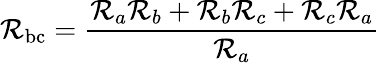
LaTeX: \mathcal{R}_{\mathrm{{bc}}}={\frac{{\mathcal{R}_{a}\mathcal{R}_{b}+\mathcal{R}_{b}\mathcal{R}_{c}+\mathcal{R}_{c}\mathcal{R}_{a}}}{{\mathcal{R}_{a}}}}